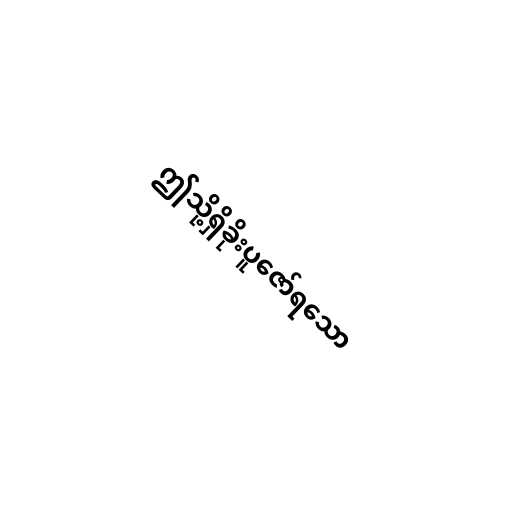
ဤသို့ရှိခိုးပူဇော်ရသော